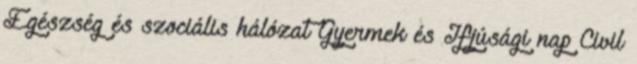
Egészség és szociális hálózat Gyermek és Ifjúsági nap Civil